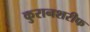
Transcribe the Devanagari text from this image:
कुरानशरीफ